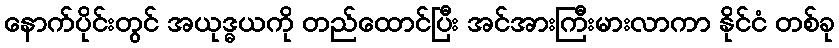
နောက်ပိုင်းတွင် အယုဒ္ဓယကို တည်ထောင်ပြီး အင်အားကြီးမားလာကာ နိုင်ငံ တစ်ခု